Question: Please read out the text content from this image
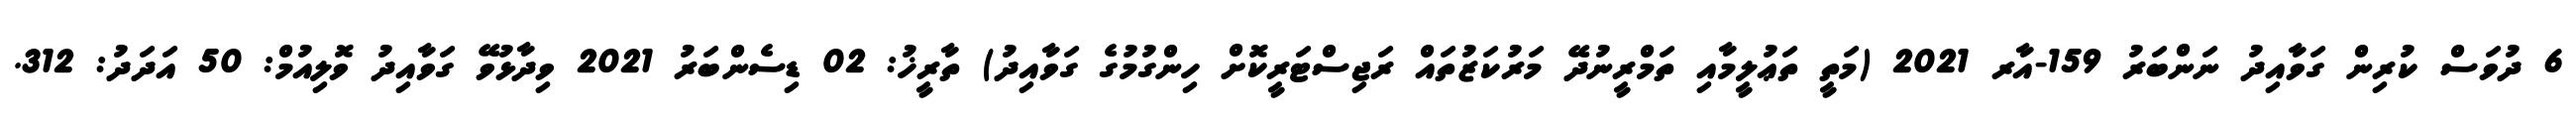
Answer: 6 ދުވަސް ކުރިން ގަވާއިދު ނަންބަރު 159-އާރ 2021 (މަތީ ތަޢުލީމާއި ތަމްރީނުދޭ މަރުކަޒުތައް ރަޖިސްޓަރީކޮށް ހިންގުމުގެ ގަވާއިދު) ތާރީޚު: 02 ޑިސެންބަރު 2021 ވިދާޅުވޭ ގަވާއިދު ވޮލިއުމް: 50 އަދަދު: 312.